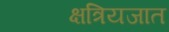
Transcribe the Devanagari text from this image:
क्षत्रियजात